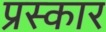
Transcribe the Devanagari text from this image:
प्रस्कार